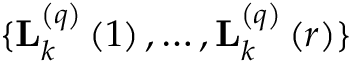
\{ \mathbf { L } _ { k } ^ { \left( q \right) } \left( 1 \right) , \ldots , \mathbf { L } _ { k } ^ { \left( q \right) } \left( r \right) \}